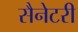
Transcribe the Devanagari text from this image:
सैनेटरी